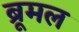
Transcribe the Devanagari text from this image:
ब्रूमल